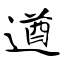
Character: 遒